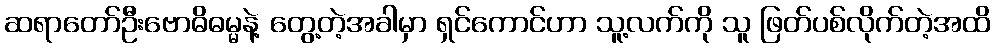
ဆရာတော်ဦးဗောဓိဓမ္မနဲ့ တွေ့တဲ့အခါမှာ ရှင်ကောင်ဟာ သူ့လက်ကို သူ ဖြတ်ပစ်လိုက်တဲ့အထိ